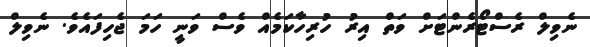
ނެވިލް ރެސްޓޯރެންޓަށް ވަތް އިރު ހުރިހާކަމެއް ވެސް ވަނީ ހަމަ ޖެހިފައެވެ. ނެވިލް